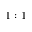
1 : 1